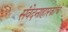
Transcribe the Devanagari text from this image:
संवेदनाहारकांचे